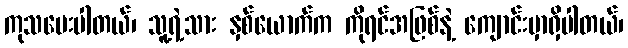
ကုသပေးပါတယ်၊ သူ့ရဲ့သား နှစ်ယောက်က ကိုရင်အဖြစ်နဲ့ ကျောင်းမှာရှိပါတယ်၊